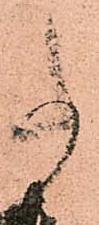
事